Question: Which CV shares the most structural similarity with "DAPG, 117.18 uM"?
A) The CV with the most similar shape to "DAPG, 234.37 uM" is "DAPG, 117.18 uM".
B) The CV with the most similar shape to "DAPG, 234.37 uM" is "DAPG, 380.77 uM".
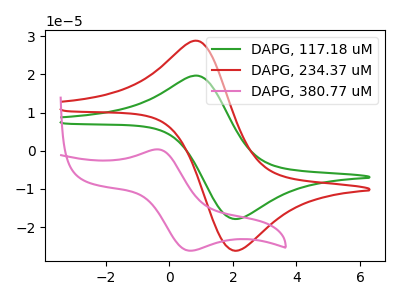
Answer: <think>The green curve "DAPG, 117.18 uM" has an anodic peak at (0.90V, 19.65uA) and a cathodic peak at (2.05V, -17.90uA). The red curve "DAPG, 234.37 uM" has an anodic peak at (0.90V, 28.80uA) and a cathodic peak at (2.05V, -26.20uA). The pink curve "DAPG, 380.77 uM" has an anodic peak at (-0.35V, 0.35uA) and a cathodic peak at (0.60V, -26.20uA).
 All the peaks in "DAPG, 117.18 uM" have a peak in "DAPG, 234.37 uM" at the same potential. Every peak in "DAPG, 117.18 uM" is lower than every peak in "DAPG, 234.37 uM". "DAPG, 117.18 uM" and "DAPG, 380.77 uM" have at least one peak that do not match. "DAPG, 234.37 uM" and "DAPG, 380.77 uM" have at least one peak that do not match.</think>
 <answer>A) The CV with the most similar shape to "DAPG, 234.37 uM" is "DAPG, 117.18 uM".</answer>
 <eval>A</eval>